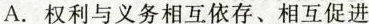
A. 权利与义务相互依存、相互促进